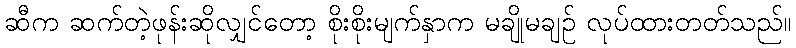
ဆီက ဆက်တဲ့ဖုန်းဆိုလျှင်တော့ စိုးစိုးမျက်နှာက မချိုမချဉ် လုပ်ထားတတ်သည်။